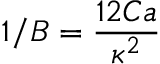
1 / B = \frac { 1 2 C a } { \kappa ^ { 2 } }